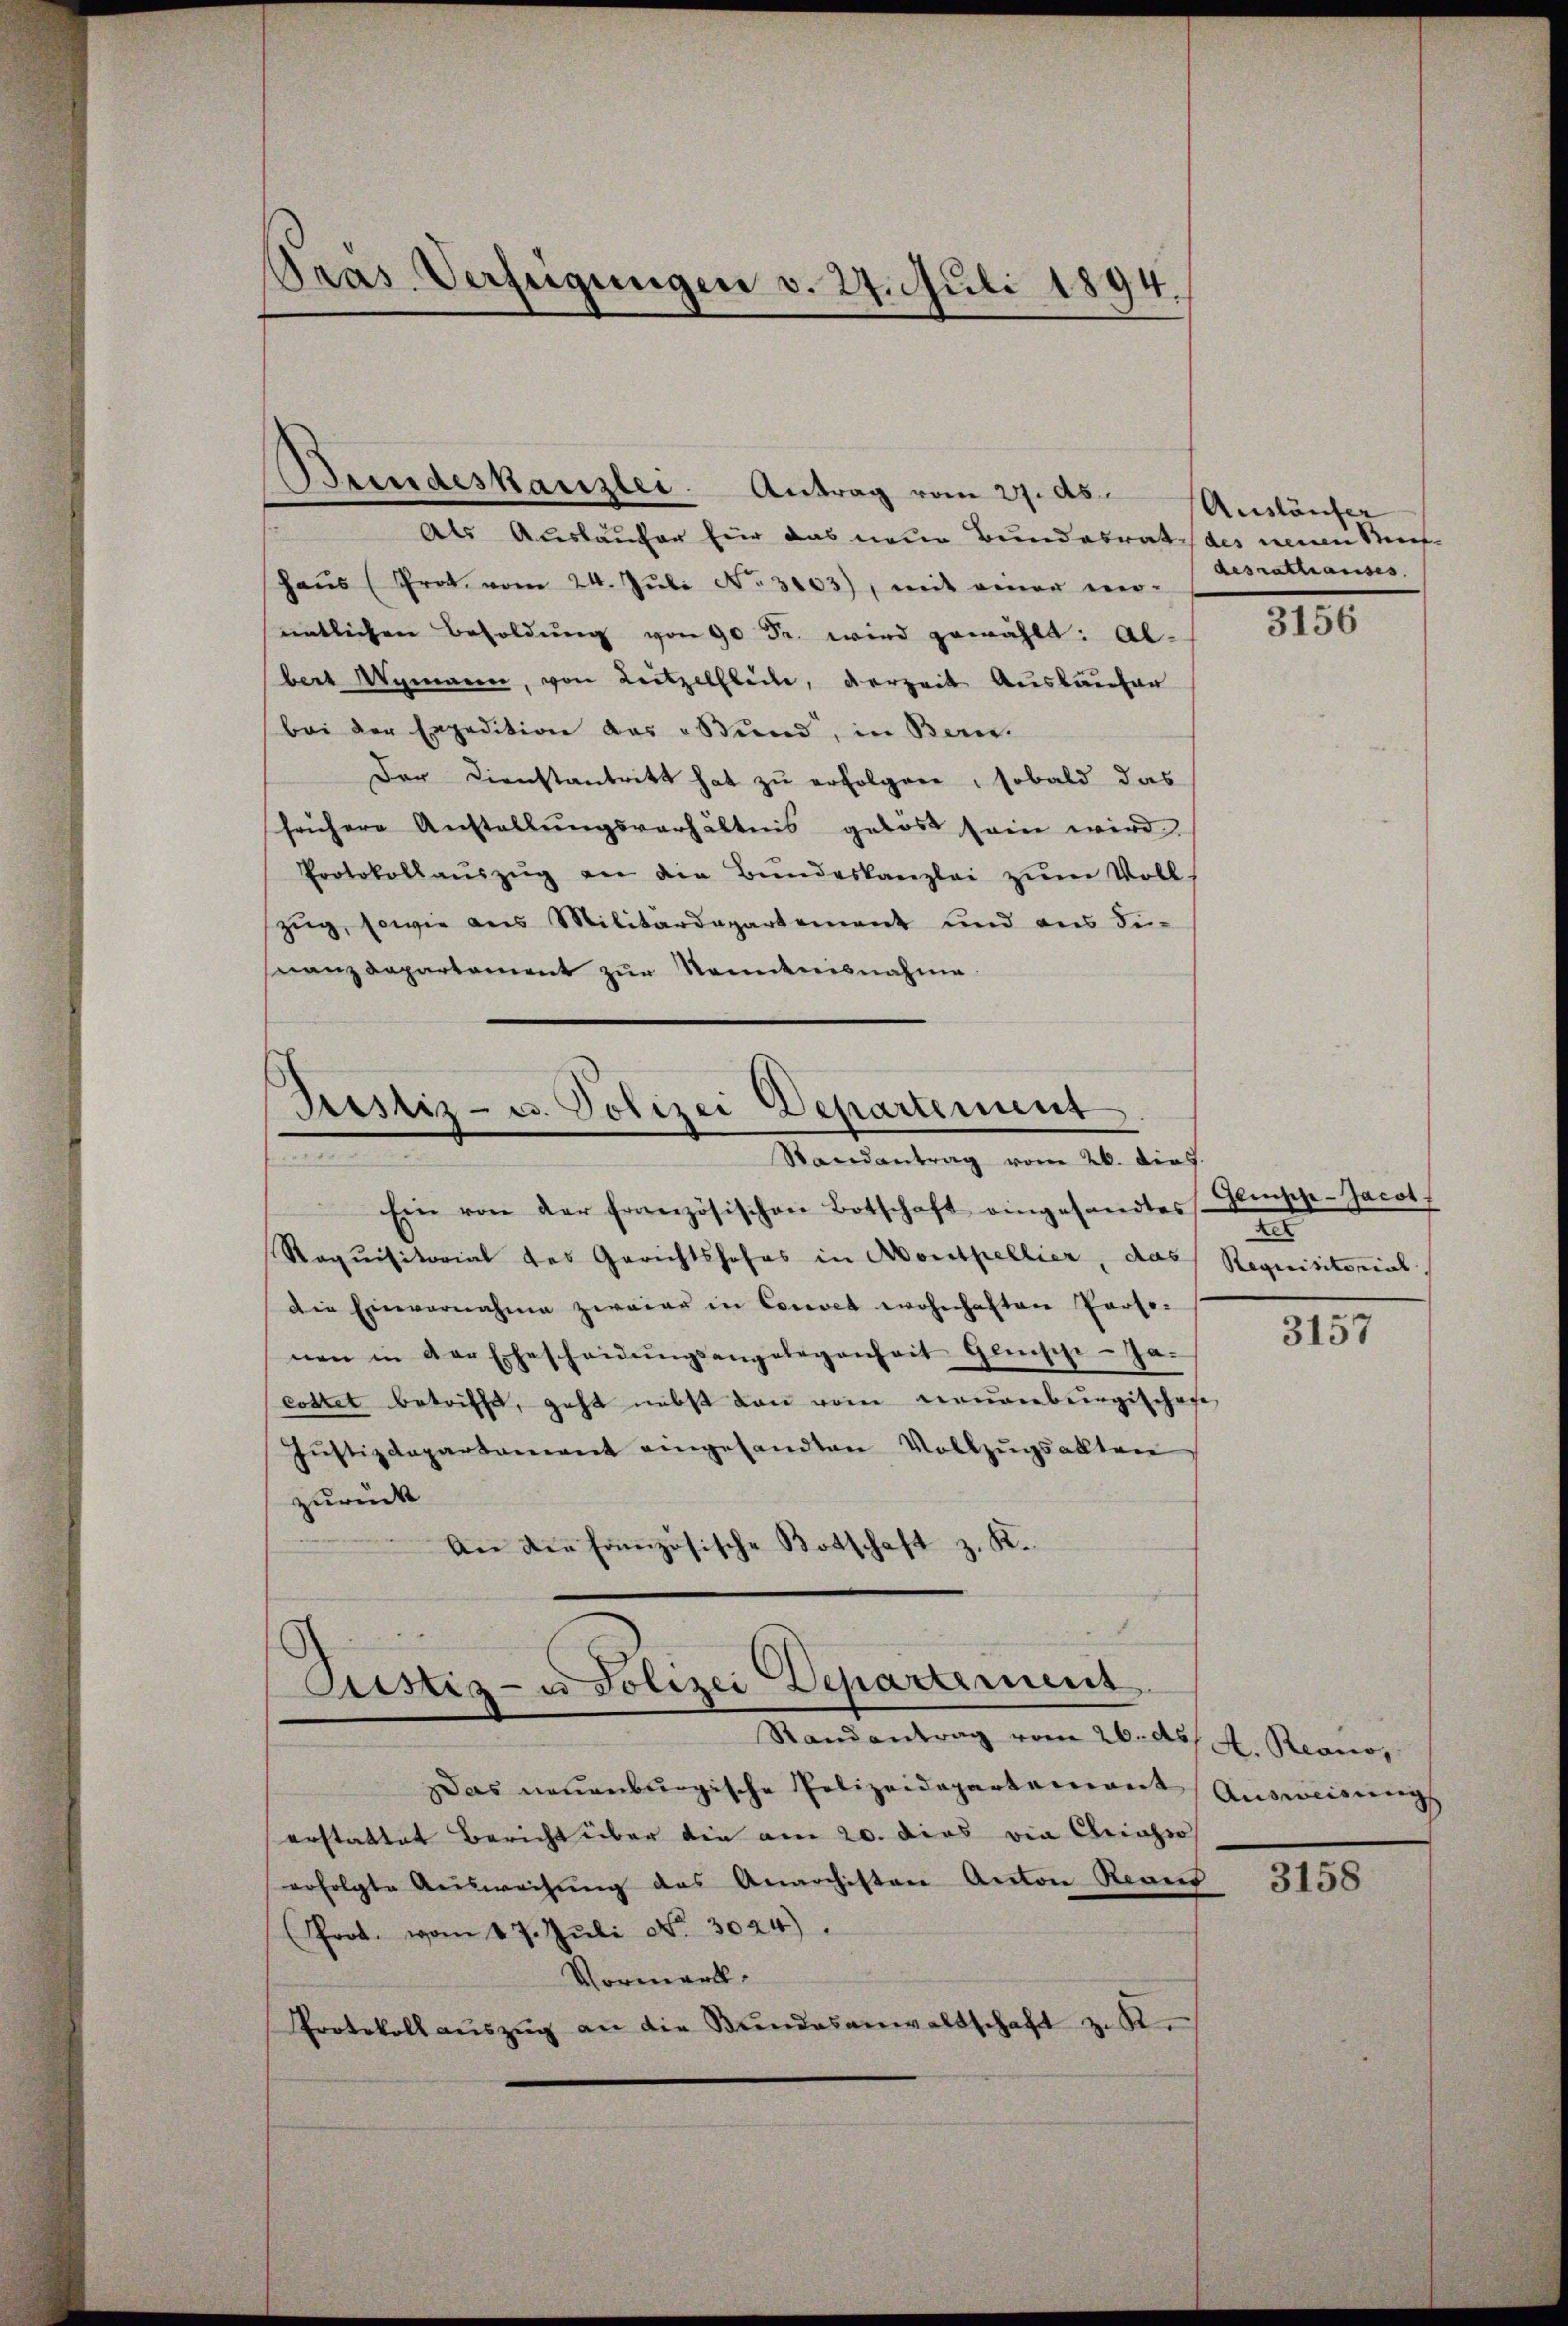
Gras Verfügungen v. 27. Juli 1894.

Bundeskanzlei. Antrag vom 27. ds. Ausläufer
Als Ausläufer für das neue Bundesrat des neuen Muf¬
Haŭs (Prot. vom 24. Jŭli No 3003), mit einer ver-
entlichen Besoldung von 90 Fr. wird gewählt: Albert Wymann, von Leitzelheite, derzeit Auskaufen
bei der Expedition das „Bund, in Bern.
Der Dienstantritt hat zu erfolgen, sobald das
frühere Anstallŭngsverhältnis gelöst sein wird.
Protokollaŭszŭg an die Bŭndeskanzlei zŭm Voll-
zug, sowie aus Militärdepartement und aus dienanzdepartement zŭr Kenntnisnahme.

Ein von der Französischen Botschaft eingesandtes
Raquisitorial des Gerichtshofes in Aontpellier, das Requisitorial,
die Einvernahme zweier in Convet wohnhaften Perso-
nen in der Ehescheidŭngsangelegenheit Glückige-Ja-
cottet betrifft, geht nebst dann vom Neuenbergischofe
Jŭstizdepartament eingesandten Vollzŭgsakten
zurück
An die französische Botschaft z. K.

Das neuenburgische Polizeidepartement Ausweisung
erstattet Bericht über die am 20. dies via Chriahio
erfolgte Aŭsweisŭng des Anarchisten Anton Reans
(fort vom 17. Jŭli No 3024).
Vormerk
Protokoll aŭszŭg an die Bŭndesanwaltschaft z. K

Justiz- u. Polizei Departement.
Randantrag vom 26. dies.

Justiz- u Polizei Departement
Randantrag vom 26. ds. A. Reano,

desrathauses.

3156

Gleische-Jacot
2
3157

3158